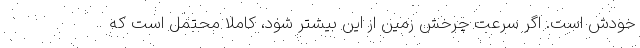
خودش است. اگر سرعت چرخش زمین از این بیشتر شود، کاملاً محتمل است که